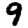
Digit: 9